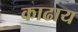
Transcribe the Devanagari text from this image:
काढाय